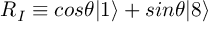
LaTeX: R _ { I } \equiv c o s \theta | 1 \rangle + s i n \theta | 8 \rangle